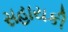
સહાયકી